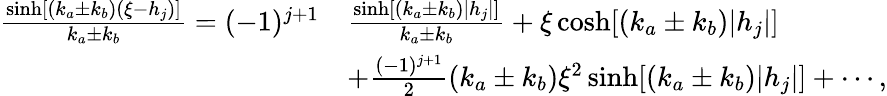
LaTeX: \begin{array}{rl}{\frac{\sinh[(k_{a}\pm k_{b})(\xi-h_{j})]}{k_{a}\pm k_{b}}=(-1)^{j+1}}&{\frac{\sinh[(k_{a}\pm k_{b})|h_{j}|]}{k_{a}\pm k_{b}}+\xi\cosh[(k_{a}\pm k_{b})|h_{j}|]}\\ &{+\frac{(-1)^{j+1}}{2}(k_{a}\pm k_{b})\xi^{2}\sinh[(k_{a}\pm k_{b})|h_{j}|]+\cdots,}\end{array}